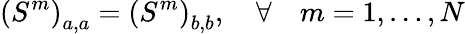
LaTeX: \left(S^{m}\right)_{a,a}=\left(S^{m}\right)_{b,b},\quad\forall\quad m=1,\ldots{},N